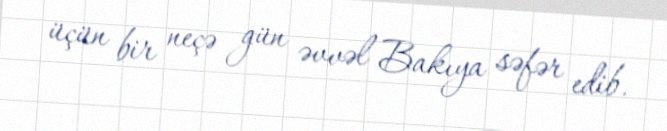
üçün bir neçə gün əvvəl Bakıya səfər edib.